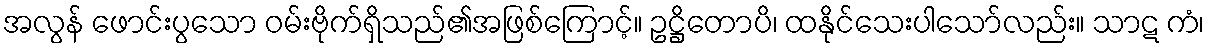
အလွန် ဖောင်းပွသော ဝမ်းဗိုက်ရှိသည်၏အဖြစ်ကြောင့်။ ဥဋ္ဌိတောပိ၊ ထနိုင်သေးပါသော်လည်း။ သာဋ ကံ၊